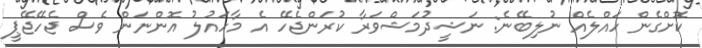
ކޮށްގެން ހައްލެއް ނުލިބޭނެ: ނަޝީދުމަޝްވަރާ ކުރަންޖެހޭ އެ މާހައުލު އޮންނަން ވެސް ޖެހޭޖޭޕީ